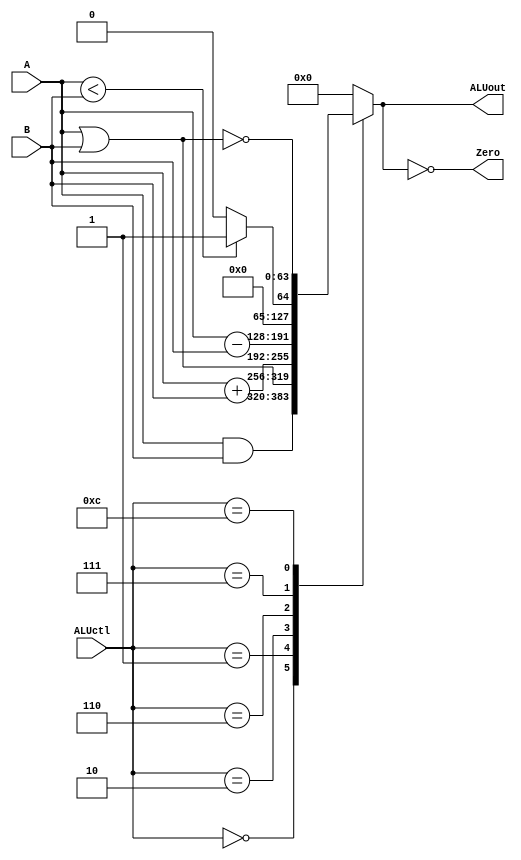
module RISCVALU(ALUctl, A, B, ALUout, Zero);
	input [3:0] ALUctl;
	input [63:0] A, B;
	output reg [63:0] ALUout;
	output Zero;
	
	assign Zero = (ALUout==0);	// goes anywhere

	always @(ALUctl, A, B)
		case (ALUctl)
			0: ALUout <= A & B;
			1: ALUout <= A | B;
			2: ALUout <= A + B;
			6: ALUout <= A - B;
			7: ALUout <= A < B ? 1 : 0;
			12: ALUout <= ~(A | B);			// nor
			default: ALUout <= 0;				// default to 0, should not happen
		endcase
endmodule